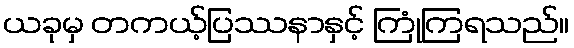
ယခုမှ တကယ့်ပြဿနာနှင့် ကြုံကြရသည်။